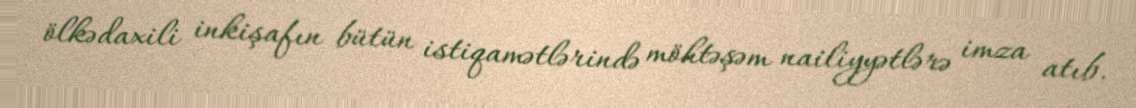
ölkədaxili inkişafın bütün istiqamətlərində möhtəşəm nailiyyətlərə imza atıb.